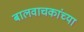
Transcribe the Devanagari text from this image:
बालवाचकांच्या